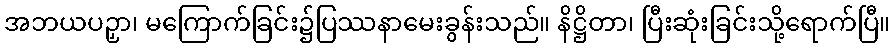
အဘယပဉှာ၊ မကြောက်ခြင်း၌ပြဿနာမေးခွန်းသည်။ နိဋ္ဌိတာ၊ ပြီးဆုံးခြင်းသို့ရောက်ပြီ။